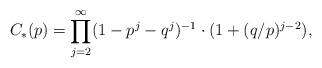
LaTeX: \begin{align*} C_*(p) = \prod_{j=2}^\infty (1-p^j - q^j)^{-1} \cdot (1 + (q/p)^{j-2}),\end{align*}